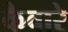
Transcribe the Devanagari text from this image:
कैवारे